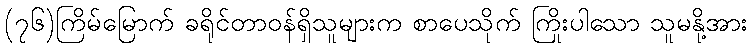
(၇၆)ကြိမ်မြောက် ခရိုင်တာဝန်ရှိသူများက စာပေသိုက် ကြိုးပါသော သူမနို့အား